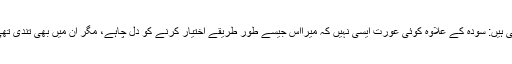
حضرت عائشہ فرماتی ہیں: سودہ کے علاوہ کوئی عورت ایسی نہیں کہ میرااس جیسے طور طریقے اختیار کرنے کو دل چاہے، مگر ان میں بھی تندی تھی (مسلم، رقم ۳۶۱۹)۔